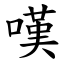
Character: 嘆